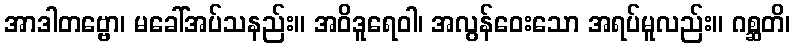
အာဒါတဗ္ဗော၊ မခေါ်အပ်သနည်း။ အဝိဒူရေဝါ၊ အလွန်ဝေးသော အရပ်မူလည်း။ ဂစ္ဆတိ၊